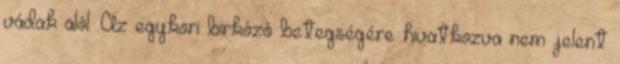
vádak alól. Az egykori birkózó betegségére hivatkozva nem jelent